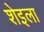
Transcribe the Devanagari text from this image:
शेइला